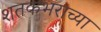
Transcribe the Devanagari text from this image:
शतकभराच्या